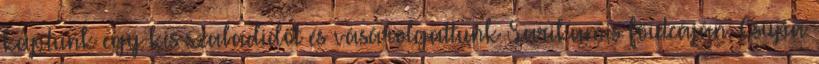
kaptunk egy kis szabadidőt és vásárolgattunk Sarikamis főutcáján. Csupa